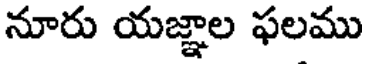
నూరు యజ్ఞాల ఫలము